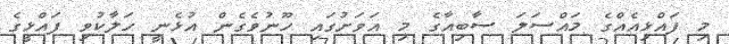
މި ފައްޅިއެއްގެ މައްސަލަ ސާބިއާގެ މި އަވަށުގައި ހޫނުވެގެން އުޅެނީ ހަލާކުވި ފައްޅީގެ